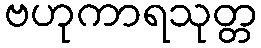
ဗဟုကာရသုတ္တ